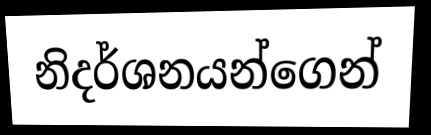
නිදර්ශනයන්ගෙන්